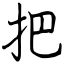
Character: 把